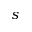
s